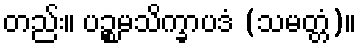
တည်း။ ပဉ္စမသိက္ခာပဒံ (သမတ္တံ)။